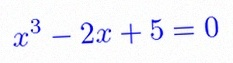
x^3-2x+5=0